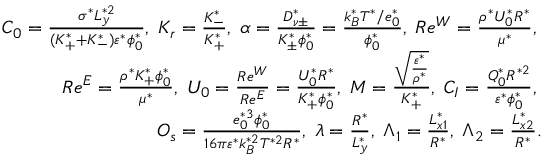
\begin{array} { r } { C _ { 0 } = \frac { \sigma ^ { * } L _ { y } ^ { * 2 } } { ( K _ { + } ^ { * } + K _ { - } ^ { * } ) \varepsilon ^ { * } \phi _ { 0 } ^ { * } } , \; K _ { r } = \frac { K _ { - } ^ { * } } { K _ { + } ^ { * } } , \; \alpha = \frac { D _ { \nu \pm } ^ { * } } { K _ { \pm } ^ { * } \phi _ { 0 } ^ { * } } = \frac { k _ { B } ^ { * } T ^ { * } / e _ { 0 } ^ { * } } { \phi _ { 0 } ^ { * } } , \; R e ^ { W } = \frac { \rho ^ { * } U _ { 0 } ^ { * } R ^ { * } } { \mu ^ { * } } , \; } \\ { R e ^ { E } = \frac { \rho ^ { * } K _ { + } ^ { * } \phi _ { 0 } ^ { * } } { \mu ^ { * } } , \; U _ { 0 } = \frac { R e ^ { W } } { R e ^ { E } } = \frac { U _ { 0 } ^ { * } R ^ { * } } { K _ { + } ^ { * } \phi _ { 0 } ^ { * } } , \; M = \frac { \sqrt { \frac { \varepsilon ^ { * } } { \rho ^ { * } } } } { K _ { + } ^ { * } } , \; C _ { I } = \frac { Q _ { 0 } ^ { * } R ^ { * 2 } } { \varepsilon ^ { * } \phi _ { 0 } ^ { * } } , \; } \\ { O _ { s } = \frac { e _ { 0 } ^ { * 3 } \phi _ { 0 } ^ { * } } { 1 6 \pi \varepsilon ^ { * } k _ { B } ^ { * 2 } T ^ { * 2 } R ^ { * } } , \; \lambda = \frac { R ^ { * } } { L _ { y } ^ { * } } , \; \Lambda _ { 1 } = \frac { L _ { x 1 } ^ { * } } { R ^ { * } } , \; \Lambda _ { 2 } = \frac { L _ { x 2 } ^ { * } } { R ^ { * } } . } \end{array}